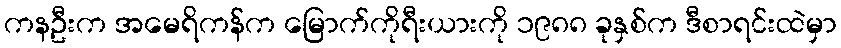
ကနဦးက အမေရိကန်က မြောက်ကိုရီးယားကို ၁၉၈၈ ခုနှစ်က ဒီစာရင်းထဲမှာ